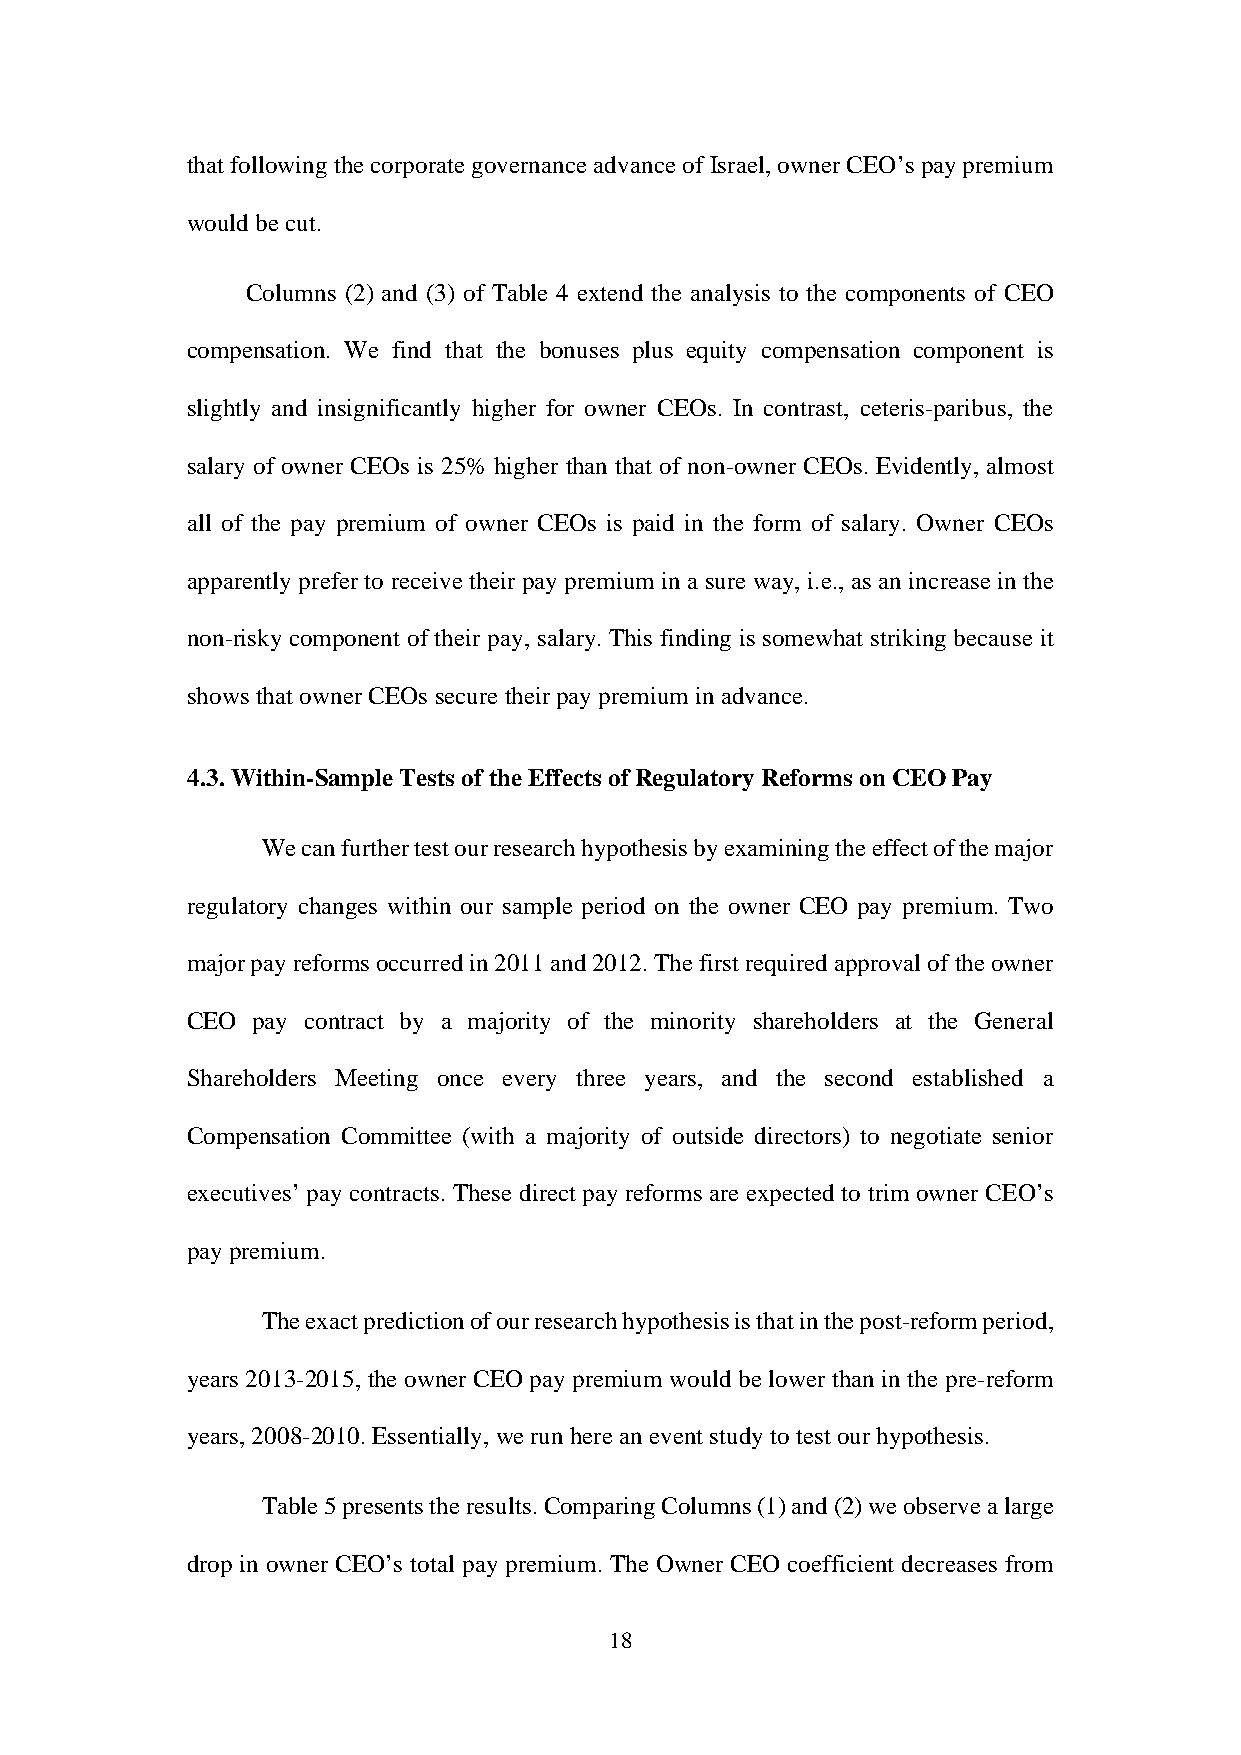
that following the corporate governance advance of Israel, owner CEO’s pay premium
 would be cut.
 Columns (2) and (3) of Table 4 extend the analysis to the components of CEO
 compensation. We find that the bonuses plus equity compensation component is
 slightly and insignificantly higher for owner CEOs. In contrast, ceteris-paribus, the
 salary of owner CEOs is 25% higher than that of non-owner CEOs. Evidently, almost
 all of the pay premium of owner CEOs is paid in the form of salary. Owner CEOs
 apparently prefer to receive their pay premium in a sure way, i.e., as an increase in the
 non-risky component of their pay, salary. This finding is somewhat striking because it
 shows that owner CEOs secure their pay premium in advance.
 4.3. Within-Sample Tests of the Effects of Regulatory Reforms on CEO Pay
 We can further test our research hypothesis by examining the effect of the major
 regulatory changes within our sample period on the owner CEO pay premium. Two
 major pay reforms occurred in 2011 and 2012. The first required approval of the owner
 CEO  pay contract by a majority of the minority shareholders at the General
 Shareholders Meeting once every three years, and the second established a
 Compensation Committee (with a majority of outside directors) to negotiate senior
 executives’ pay contracts. These direct pay reforms are expected to trim owner CEO’s
 pay premium.
 The exact prediction of our research hypothesis is that in the post-reform period,
 years 2013-2015, the owner CEO pay premium would be lower than in the pre-reform
 years, 2008-2010. Essentially, we run here an event study to test our hypothesis.
 Table 5 presents the results. Comparing Columns (1) and (2) we observe a large
 drop in owner CEO’s total pay premium. The Owner CEO coefficient decreases from
 18